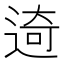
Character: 𨓾